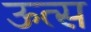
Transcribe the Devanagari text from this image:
ऊत्स